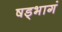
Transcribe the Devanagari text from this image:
षड्भागं